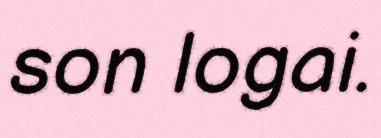
son logai.